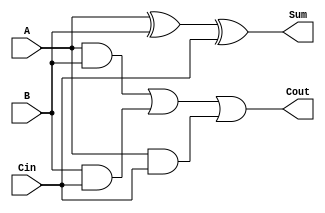
module full_adder (
    input A, //input bit 1
    input B, //input bit 2
    input Cin, //carry-in bit
    output Sum, //sum bit
    output Cout //carry-out bit
);

assign Sum = A ^ B ^ Cin;
assign Cout = (A & B) | (B & Cin) | (A & Cin);

endmodule